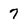
Character: 7